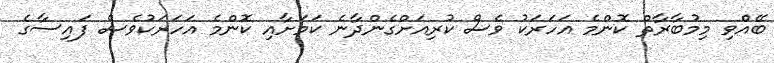
ބޭއެްވި މިމުބާރާތް ކޮންމެ އަހަރަކު ވެސް ކުރިއަށްގެންދާނެ ކަމަށާއި ކޮންމެ އަހަރަކުވެސް ފައިސާގެ